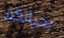
بحياتكم